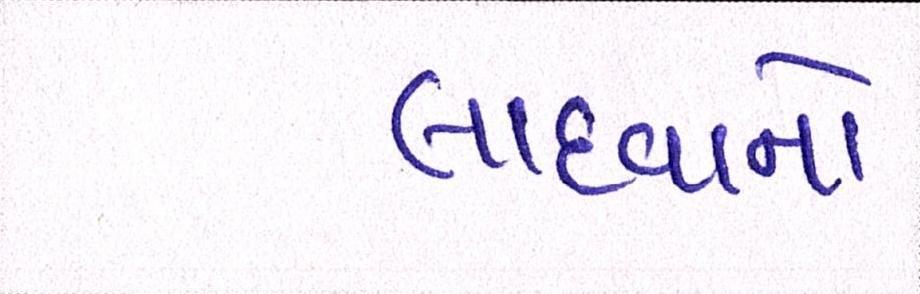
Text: લાદવાનો